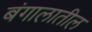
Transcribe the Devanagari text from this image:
बंगालातील